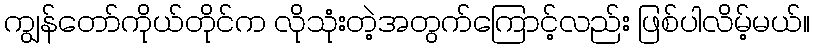
ကျွန်တော်ကိုယ်တိုင်က လိုသုံးတဲ့အတွက်ကြောင့်လည်း ဖြစ်ပါလိမ့်မယ်။